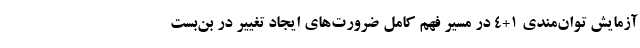
آزمایش توان‌مندی ۱+۴ در مسیر فهم کامل ضرورت‌های ایجاد تغییر در بن‌بست